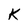
Character: K